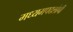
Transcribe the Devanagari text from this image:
मध्यमपदलोपी